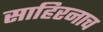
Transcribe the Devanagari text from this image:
साहिरनाच